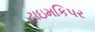
ટાઇમકિપર